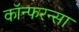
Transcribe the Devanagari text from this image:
कॉन्फरन्सा